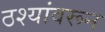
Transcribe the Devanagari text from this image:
ठश्यांवरून